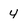
Character: 4